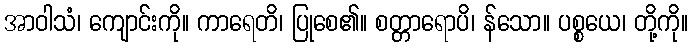
အာဝါသံ၊ ကျောင်းကို။ ကာရေတိ၊ ပြုစေ၏။ စတ္တာရောပိ၊ န်သော။ ပစ္စယေ၊ တို့ကို။